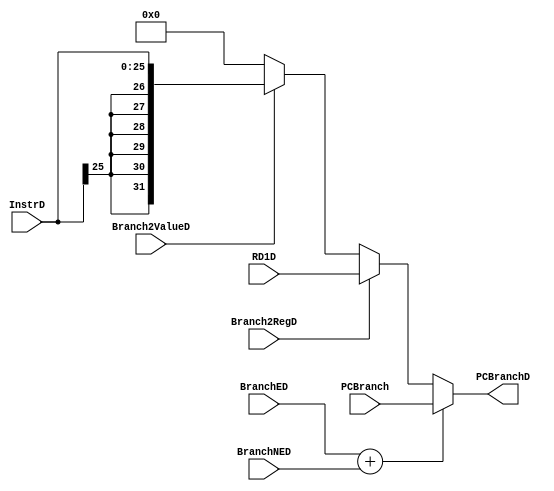
`timescale 1ns / 1ps

module BranchMux #(parameter WIDTH=32)
   (
    input [WIDTH-1:0]  PCBranch,
    input [WIDTH-1:0]  RD1D,
    input [25:0]       InstrD,
    input 	       BranchED,
    input 	       BranchNED,
    input 	       Branch2RegD,
    input 	       Branch2ValueD,

    output [WIDTH-1:0] PCBranchD
    );

   assign PCBranchD = (BranchED + BranchNED)?PCBranch:(Branch2RegD)?RD1D:(Branch2ValueD)?{{6{InstrD[25]}},InstrD}:0;
     
endmodule // BranchMux